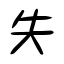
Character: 失